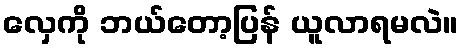
လှေကို ဘယ်တော့ပြန် ယူလာရမလဲ။